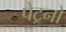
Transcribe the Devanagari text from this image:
पेट्रनों